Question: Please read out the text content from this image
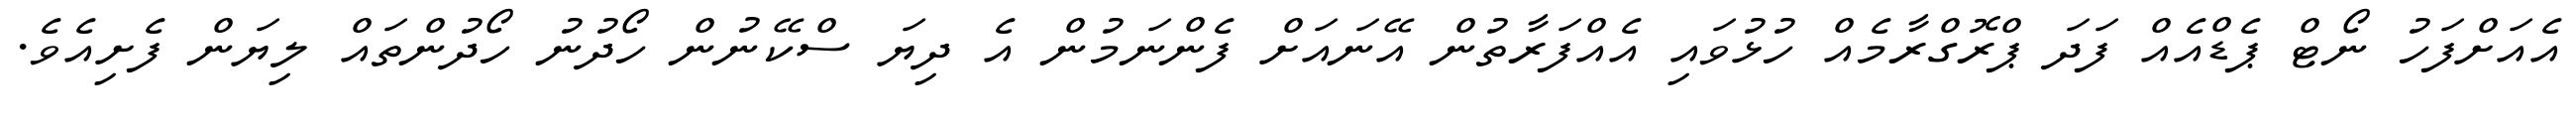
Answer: އެއަށްފަހު ނޯޓް ޕެޑްއެއް ފަދަ ޕްރޮގްރާމެއް ހުޅުވައި އެއްފަރާތުން އޭނައަށް ފެންނަމުން އެ ދިޔަ ސްކޭނުން ހޯދުނު ހޯދުންތައް ލިޔަން ފެށިއެވެ.